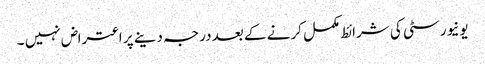
یونیورسٹی کی شرائط مکمل کرنے کے بعد درجہ دینے پر اعتراض نہیں ۔